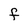
Character: F